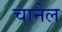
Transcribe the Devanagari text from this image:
चानेल